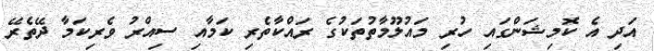
އަދި އެ ކޮމިޝަންގައި ހުރި މައުލޫމާތުތަކުގެ ރައްކާތެރި ކަމާއި ސިއްރު ވެރިކަމާ ދޭތެރޭ